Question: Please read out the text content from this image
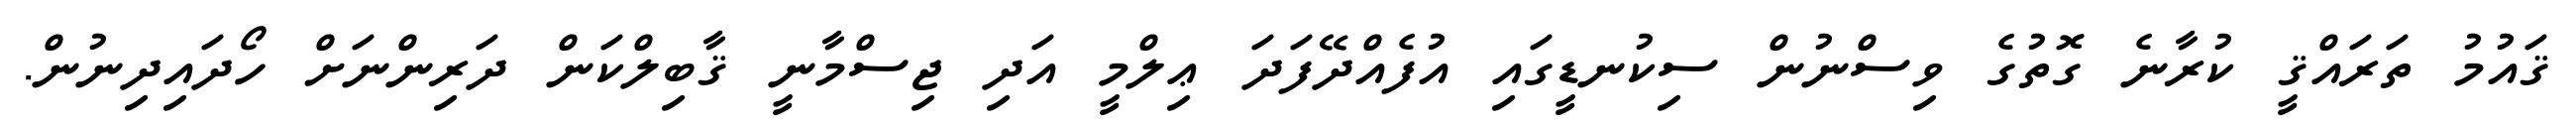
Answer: ޤައުމު ތަރައްޤީ ކުރާނެ ގޮތުގެ ވިސްނުން ސިކުނޑީގައި އުފެއްދޭފަދަ ޢިލްމީ އަދި ޖިސްމާނީ ޤާބިލްކަން ދަރިންނަށް ހޯދައިދިނުން.